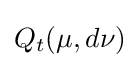
Q_{t}(\mu ,d\nu )